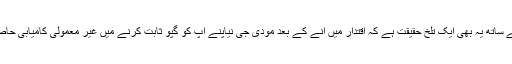
اسی کے ساتھ یہ بھی ایک تلخ حقیقت ہے کہ اقتدار میں آنے کے بعد مودی جی نیاپنے آپ کو گپوّ ثابت کرنے میں غیر معمولی کامیابی حاصل کی۔